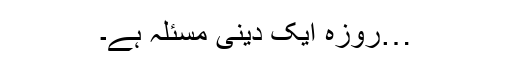
…روزہ ایک دینی مسئلہ ہے۔